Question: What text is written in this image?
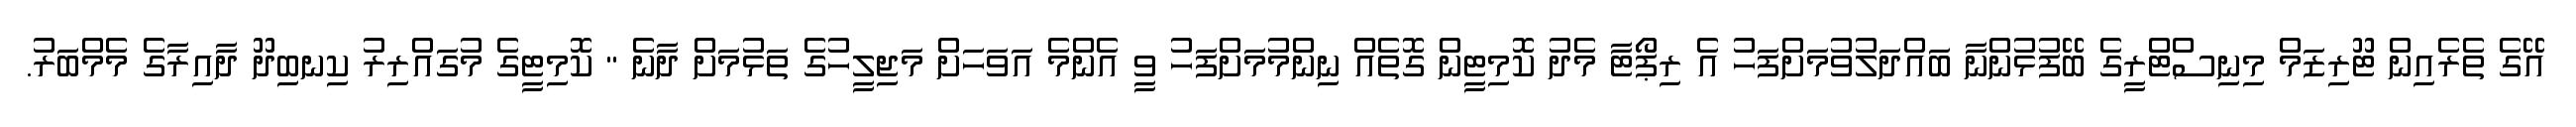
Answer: އޭގެ ތެރެއިން ޓޫރިޒަމް މިނިސްޓްރީގެ ބޭފުޅުންނާ ބައްދަލުވުމަށްފަހު އެ ރިޕޯޓާ މެދު ކޮމިޓީން ގޮތެއް ނިންމުމަށްފަހު ވީ އެންމެ އަވަހަށް މަޖިލީހުގެ ތަޅުމަށް ދާނެ " ކޮމިޓީގެ މުގައްރިރު ކިނބިދޫ ދާއިރާގެ މެމްބަރު.